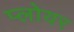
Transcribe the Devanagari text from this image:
प्लोयर